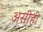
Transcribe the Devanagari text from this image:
असीही